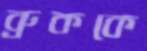
ব্রুককে